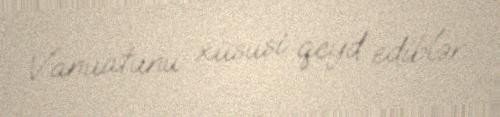
Vanuatunu xüsusi qeyd ediblər.